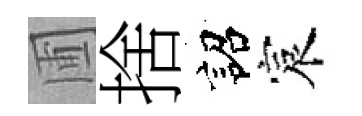
圃捨詔宸